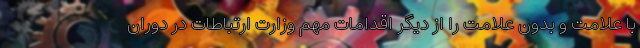
با علامت و بدون علامت را از دیگر اقدامات مهم وزارت ارتباطات در دوران